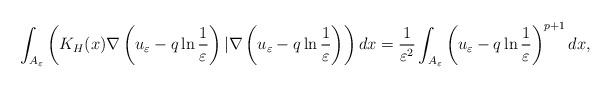
LaTeX: \begin{align*}\int_{A_\varepsilon}\left( K_H(x)\nabla \left( u_\varepsilon-q\ln\frac{1}{\varepsilon}\right) | \nabla \left( u_\varepsilon-q\ln\frac{1}{\varepsilon}\right) \right) dx=\frac{1}{\varepsilon^2}\int_{A_\varepsilon}\left( u_\varepsilon-q\ln\frac{1}{\varepsilon}\right) ^{p+1}dx,\end{align*}